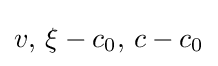
v,\,\xi -c_{0},\,c-c_{0}